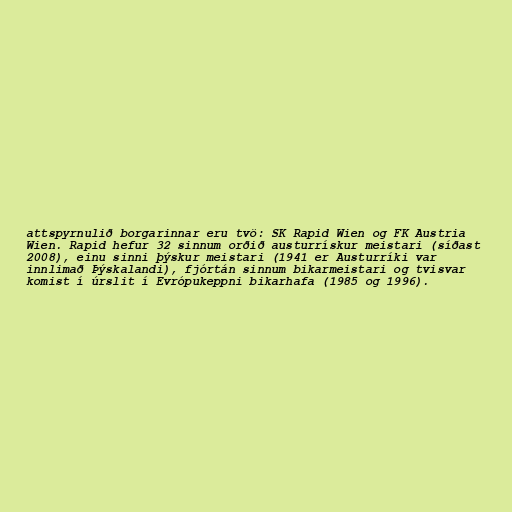
attspyrnulið borgarinnar eru tvö: SK Rapid Wien og FK Austria
Wien. Rapid hefur 32 sinnum orðið austurrískur meistari (síðast
2008), einu sinni þýskur meistari (1941 er Austurríki var
innlimað Þýskalandi), fjórtán sinnum bikarmeistari og tvisvar
komist í úrslit í Evrópukeppni bikarhafa (1985 og 1996).